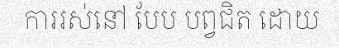
ការរស់នៅ បែប បព្វជិត ដោយ